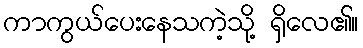
ကာကွယ်ပေးနေသကဲ့သို့ ရှိလေ၏။